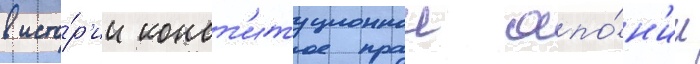
в исто́р'ии конст'итуционнои япо́н'ии